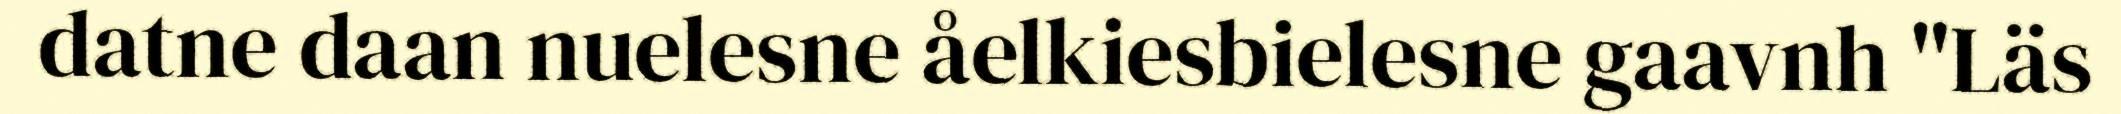
datne daan nuelesne åelkiesbielesne gaavnh "Läs